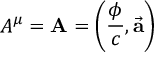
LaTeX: A ^ { \mu } = \mathbf { A } = \left( { \frac { \phi } { c } } , { \vec { \mathbf { a } } } \right)